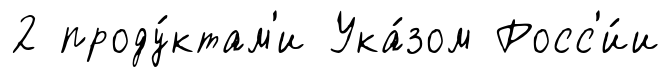
2 проду́ктам'и Ука́зом Росс'и́и